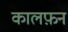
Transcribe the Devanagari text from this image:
कालफ़न